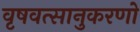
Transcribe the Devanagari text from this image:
वृषवत्सानुकरणो